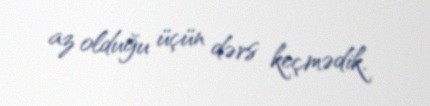
az olduğu üçün dərs keçmədik.